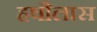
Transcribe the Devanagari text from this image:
हषौलास